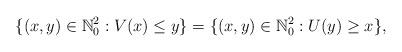
LaTeX: \begin{align*} \{(x,y)\in\mathbb N_0^2:V(x)\le y\}= \{(x,y)\in\mathbb N_0^2:U(y)\ge x\},\end{align*}